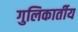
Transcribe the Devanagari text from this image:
गुलिकार्तीय